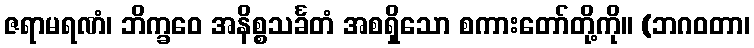
ဇရာမရဏံ၊ ဘိက္ခဝေ အနိစ္စသင်္ခတံ အစရှိသော စကားတော်တို့ကို။ (ဘဂဝတာ၊